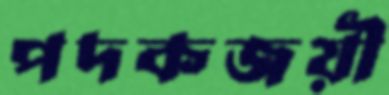
পদকজয়ী